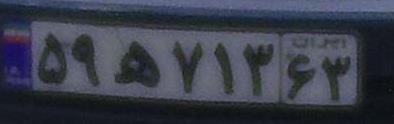
۵۹ه۷۱۳۶۳